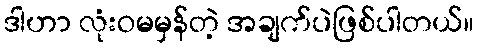
ဒါဟာ လုံးဝမမှန်တဲ့ အချက်ပဲဖြစ်ပါတယ်။